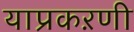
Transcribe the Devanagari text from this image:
याप्रकऱणी